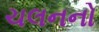
ચલનનો